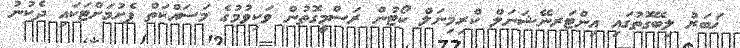
ޚަބަރު ލިބޭގޮތުގައި އިންޓަރނޭޝަނަލް ކްރިމިނަލް ކޯޓުން ރަސްމީގޮތުން ވަކިވުމުގެ މަސައްކަތް ފެށުމަށްޓަކައި ދެކުނު